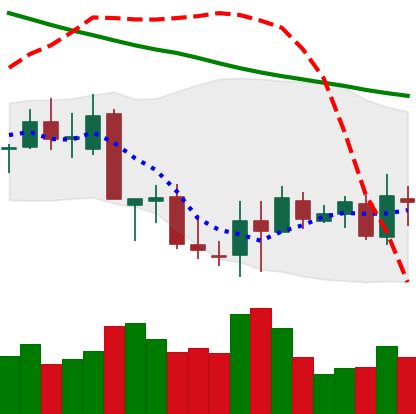
Ticker: XLM-USD
Chart end date: 2018-09-19
Forward return: 25.409%
Label: up_7plus